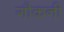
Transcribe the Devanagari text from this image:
गौकनी